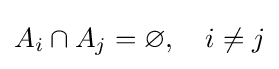
A_{i}\cap A_{j}=\varnothing ,\quad i\neq j